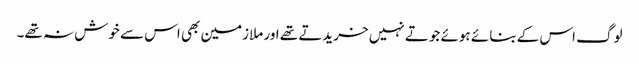
لوگ اس کے بنائے ہوئے جوتے نہیں خریدتے تھے اور ملازمین بھی اس سے خوش نہ تھے۔